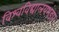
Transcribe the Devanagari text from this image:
विश्वविद्यालयभंडार